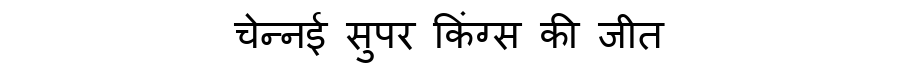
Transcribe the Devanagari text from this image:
चेन्नई सुपर किंग्स की जीत